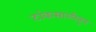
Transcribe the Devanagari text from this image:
टांकसाळीतून